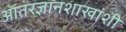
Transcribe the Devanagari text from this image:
आंतरज्ञानशाखांशी